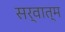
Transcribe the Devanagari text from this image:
सर्वात्म